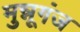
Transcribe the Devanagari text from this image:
मुन्नूगंज